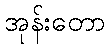
အုန်းတော